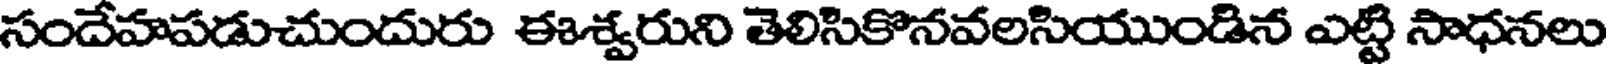
సందేహపడుచుందురు ఈశ్వరుని తెలిసికొనవలసియుండిన ఎట్టి సాధనలు